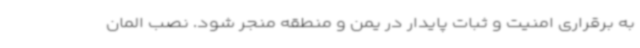
به برقراری امنیت و ثبات پایدار در یمن و منطقه منجر شود. نصب المان